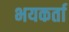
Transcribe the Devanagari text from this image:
भयकर्ता